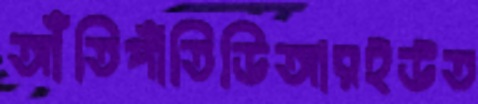
আঁতিপাঁতিডিআরইউত